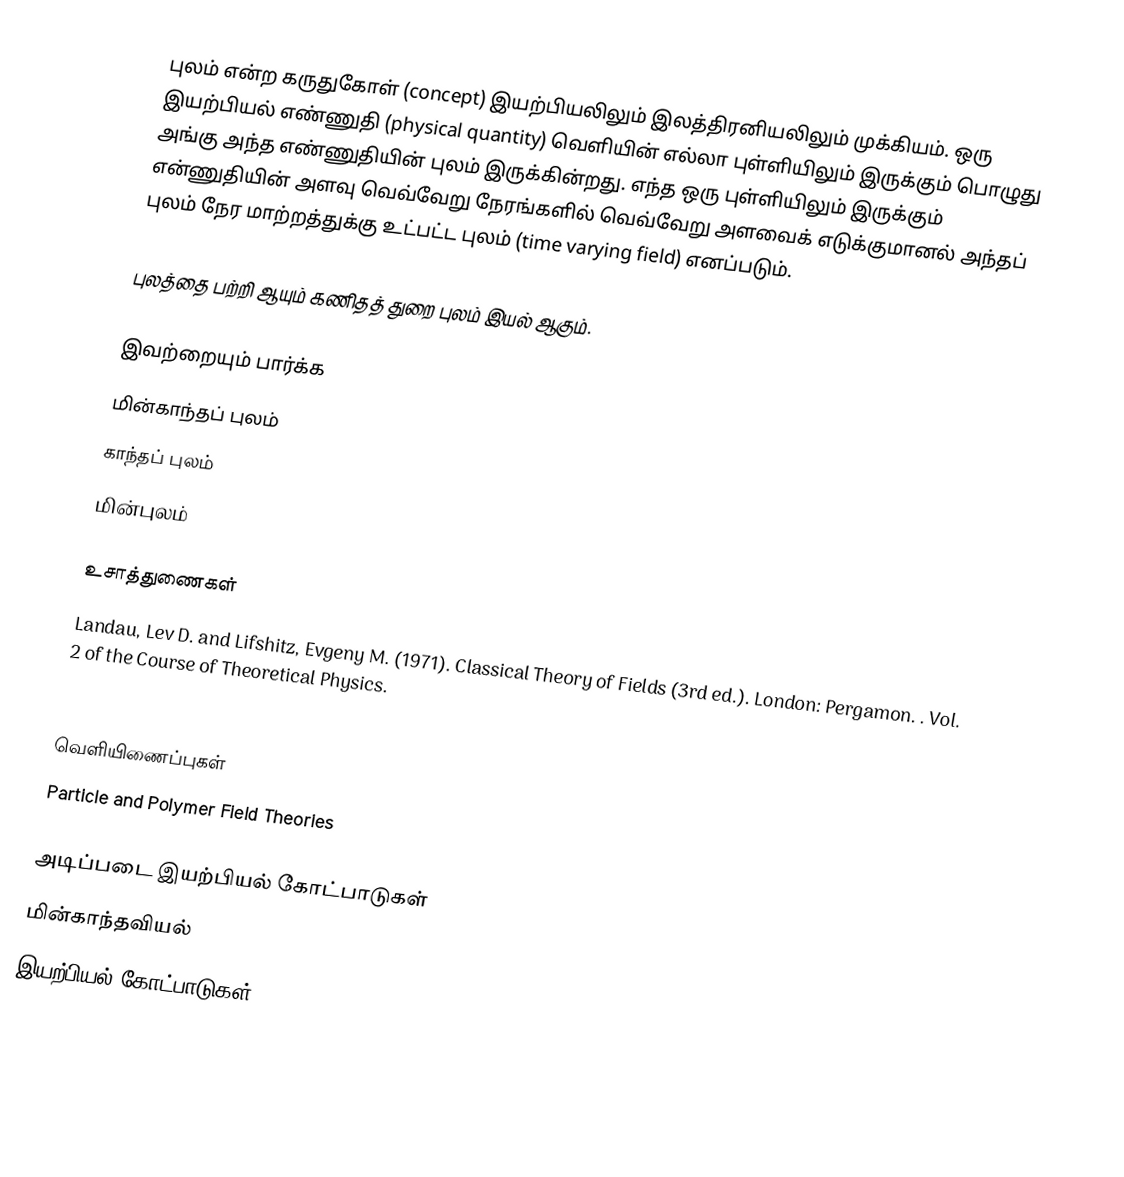
புலம் என்ற கருதுகோள் (concept) இயற்பியலிலும் இலத்திரனியலிலும் முக்கியம்.  ஒரு இயற்பியல் எண்ணுதி (physical quantity) வெளியின் எல்லா புள்ளியிலும் இருக்கும் பொழுது அங்கு அந்த எண்ணுதியின் புலம் இருக்கின்றது.  எந்த ஒரு புள்ளியிலும் இருக்கும் என்ணுதியின் அளவு வெவ்வேறு நேரங்களில் வெவ்வேறு அளவைக் எடுக்குமானல் அந்தப் புலம் நேர மாற்றத்துக்கு உட்பட்ட புலம் (time varying field) எனப்படும்.

புலத்தை பற்றி ஆயும் கணிதத் துறை புலம் இயல் ஆகும்.

இவற்றையும் பார்க்க
 மின்காந்தப் புலம்
 காந்தப் புலம்
 மின்புலம்

உசாத்துணைகள்
 Landau, Lev D. and Lifshitz, Evgeny M. (1971). Classical Theory of Fields (3rd ed.). London: Pergamon. . Vol. 2 of the Course of Theoretical Physics.
 .

வெளியிணைப்புகள்
Particle and Polymer Field Theories

அடிப்படை இயற்பியல் கோட்பாடுகள்
மின்காந்தவியல்
இயற்பியல் கோட்பாடுகள்